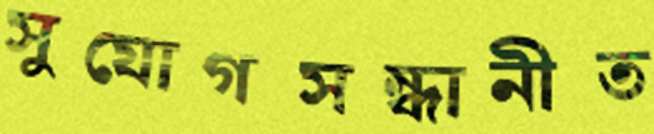
সুযোগসন্ধানীত